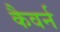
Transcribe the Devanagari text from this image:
कैवर्न